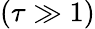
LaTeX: (\tau\gg 1)